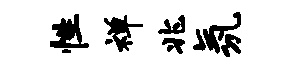
性禅兆氛